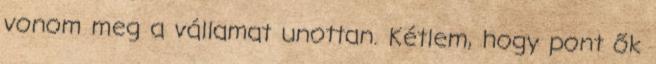
vonom meg a vállamat unottan. Kétlem, hogy pont ők